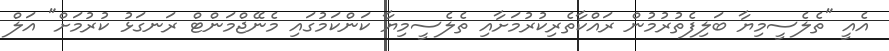
އެއީ "ތެލެސީމިޔާ ބަލިފެތުރުމުން ރައްކާތެރިކުރުމަށާއި ތެލެސީމިޔާ ކަންކަމުގައި މެނޭޖްމަންޓް ރަނގަޅު ކުރުމަށް" އަލް